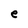
Character: e